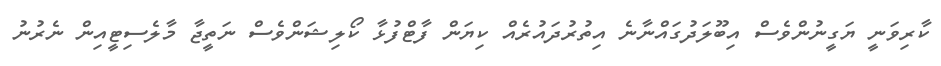
ކާރިވަނީ ޔަގީނުންވެސް އިބޫލަދުގައްނާނެ އިތުރުދައުރެއް ކިޔަން ފާޓްފުޅާ ކޯލިޝަންވެސް ނަތީޖާ މާލެސިޓީއިން ނެރުނު